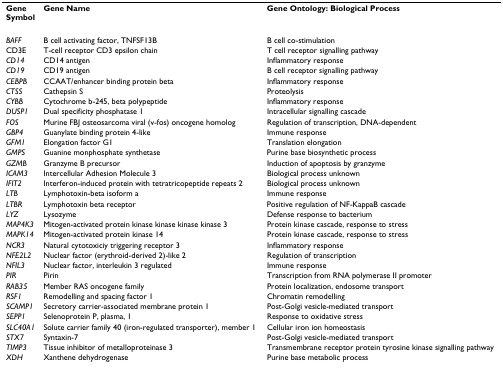
<table><thead><tr><td><b>GeneSymbol</b></td><td><b>Gene Name</b></td><td><b>Gene Ontology: Biological Process</b></td></tr></thead><tbody><tr><td><i>BAFF</i></td><td>B cell activating factor, TNFSF13B</td><td>B cell co-stimulation</td></tr><tr><td>CD3E</td><td>T-cell receptor CD3 epsilon chain</td><td>T cell receptor signalling pathway</td></tr><tr><td><i>CD14</i></td><td>CD14 antigen</td><td>Inflammatory response</td></tr><tr><td><i>CD19</i></td><td>CD19 antigen</td><td>B cell receptor signalling pathway</td></tr><tr><td><i>CEBPB</i></td><td>CCAAT/enhancer binding protein beta</td><td>Inflammatory response</td></tr><tr><td><i>CTSS</i></td><td>Cathepsin S</td><td>Proteolysis</td></tr><tr><td><i>CYBB</i></td><td>Cytochrome b-245, beta polypeptide</td><td>Inflammatory response</td></tr><tr><td><i>DUSP1</i></td><td>Dual specificity phosphatase 1</td><td>Intracellular signalling cascade</td></tr><tr><td><i>FOS</i></td><td>Murine FBJ osteosarcoma viral (v-fos) oncogene homolog</td><td>Regulation of transcription, DNA-dependent</td></tr><tr><td><i>GBP4</i></td><td>Guanylate binding protein 4-like</td><td>Immune response</td></tr><tr><td><i>GFM1</i></td><td>Elongation factor G1</td><td>Translation elongation</td></tr><tr><td><i>GMPS</i></td><td>Guanine monphosphate synthetase</td><td>Purine base biosynthetic process</td></tr><tr><td><i>GZMB</i></td><td>Granzyme B precursor</td><td>Induction of apoptosis by granzyme</td></tr><tr><td><i>ICAM3</i></td><td>Intercellular Adhesion Molecule 3</td><td>Biological process unknown</td></tr><tr><td><i>IFIT2</i></td><td>Interferon-induced protein with tetratricopeptide repeats 2</td><td>Biological process unknown</td></tr><tr><td><i>LTB</i></td><td>Lymphotoxin-beta isoform a</td><td>Immune response</td></tr><tr><td><i>LTBR</i></td><td>Lymphotoxin beta receptor</td><td>Positive regulation of NF-KappaB cascade</td></tr><tr><td><i>LYZ</i></td><td>Lysozyme</td><td>Defense response to bacterium</td></tr><tr><td><i>MAP4K3</i></td><td>Mitogen-activated protein kinase kinase kinase kinase 3</td><td>Protein kinase cascade, response to stress</td></tr><tr><td><i>MAPK14</i></td><td>Mitogen-activated protein kinase 14</td><td>Protein kinase cascade, response to stress</td></tr><tr><td><i>NCR3</i></td><td>Natural cytotoxiciy triggering receptor 3</td><td>Inflammatory response</td></tr><tr><td><i>NFE2L2</i></td><td>Nuclear factor (erythroid-derived 2)-like 2</td><td>Regulation of transcription</td></tr><tr><td><i>NFIL3</i></td><td>Nuclear factor, interleukin 3 regulated</td><td>Immune response</td></tr><tr><td><i>PIR</i></td><td>Pirin</td><td>Transcription from RNA polymerase II promoter</td></tr><tr><td><i>RAB35</i></td><td>Member RAS oncogene family</td><td>Protein localization, endosome transport</td></tr><tr><td><i>RSF1</i></td><td>Remodelling and spacing factor 1</td><td>Chromatin remodelling</td></tr><tr><td><i>SCAMP1</i></td><td>Secretory carrier-associated membrane protein 1</td><td>Post-Golgi vesicle-mediated transport</td></tr><tr><td><i>SEPP1</i></td><td>Selenoprotein P, plasma, 1</td><td>Response to oxidative stress</td></tr><tr><td><i>SLC40A1</i></td><td>Solute carrier family 40 (iron-regulated transporter), member 1</td><td>Cellular iron ion homeostasis</td></tr><tr><td><i>STX7</i></td><td>Syntaxin-7</td><td>Post-Golgi vesicle-mediated transport</td></tr><tr><td><i>TIMP3</i></td><td>Tissue inhibitor of metalloproteinase 3</td><td>Transmembrane receptor protein tyrosine kinase signalling pathway</td></tr><tr><td><i>XDH</i></td><td>Xanthene dehydrogenase</td><td>Purine base metabolic process</td></tr></tbody></table>